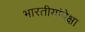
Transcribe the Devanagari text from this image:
भारतीयांपेक्षा